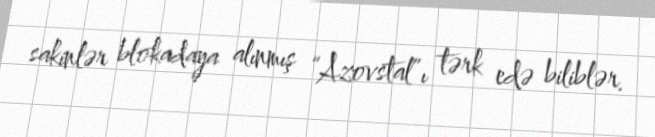
sakinlər blokadaya alınmış “Azovstal”ı tərk edə biliblər.